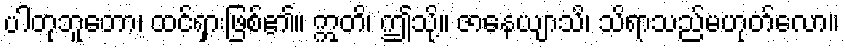
ပါတုဘူတော၊ ထင်ရှားဖြစ်၏။ ဣတိ၊ ဤသို့။ ဇာနေယျာသိ၊ သိရာသည်မဟုတ်လော။